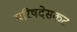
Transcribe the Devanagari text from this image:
परिषदेसकट